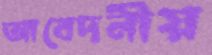
আবেদনীয়